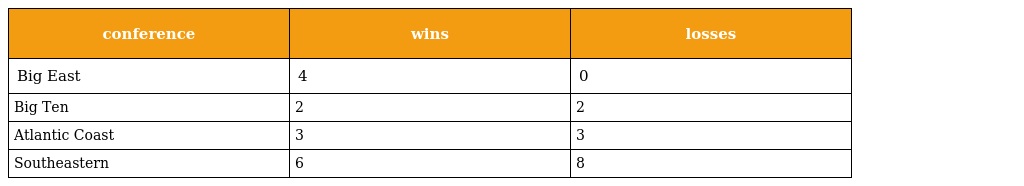
| conference | wins | losses |
 | --- | --- | --- |
 | Big East | 4 | 0 |
 | Big Ten | 2 | 2 |
 | Atlantic Coast | 3 | 3 |
 | Southeastern | 6 | 8 |